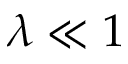
\lambda \ll 1